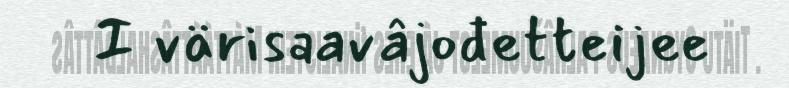
I värisaavâjođetteijee